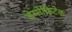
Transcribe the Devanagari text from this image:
डेमोक्रिटेक